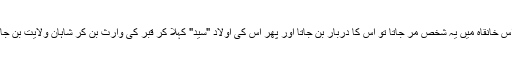
اب اس خانقاہ میں یہ شخص مر جاتا تو اس کا دربار بن جاتا اور پھر اس کی اولاد "سید" کہلا کر قبر کی وارث بن کر شاہان ولایت بن جاتی ۔